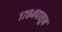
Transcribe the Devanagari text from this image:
१७८४पासून